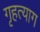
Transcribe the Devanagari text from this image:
गृहत्‍याग